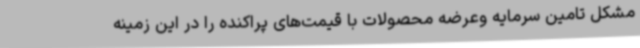
مشکل تامین سرمایه وعرضه محصولات با قیمت‌های پراکنده را در این زمینه